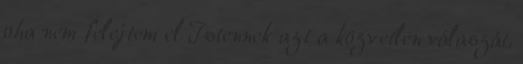
oha nem felejtem el Istennek azt a közvetlen válaszát,